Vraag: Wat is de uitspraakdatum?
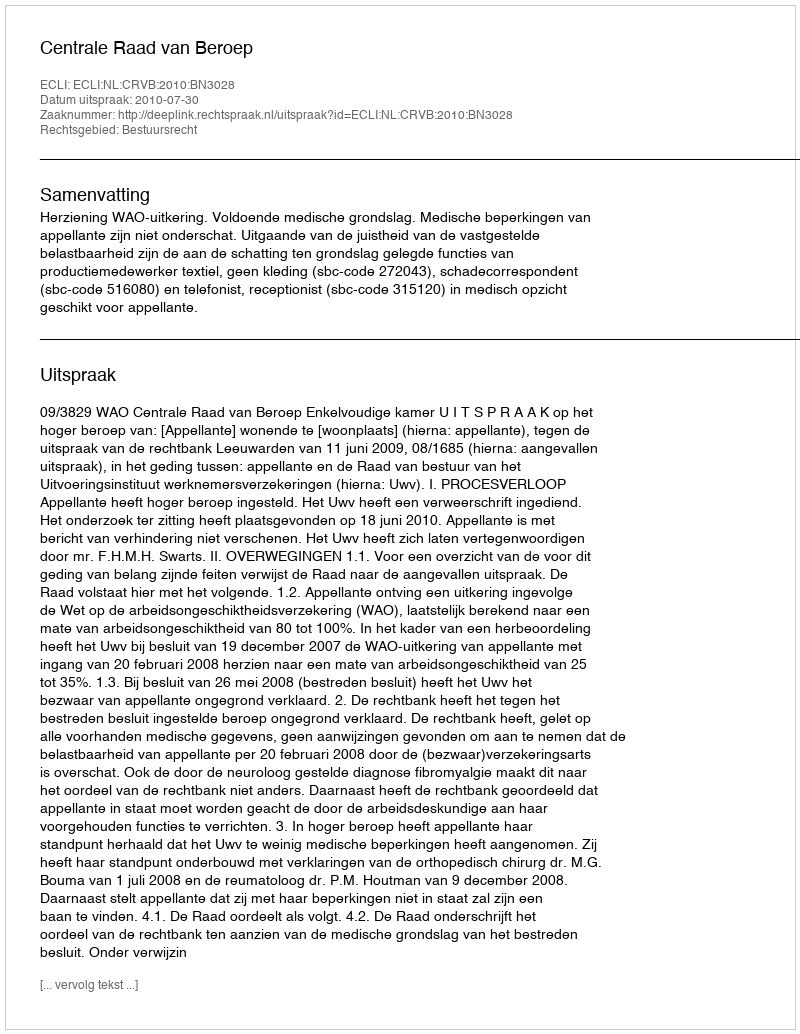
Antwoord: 2010-07-30